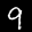
Label: 9